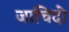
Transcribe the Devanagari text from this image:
जाचिदो